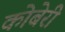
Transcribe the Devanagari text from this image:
कोबेरी